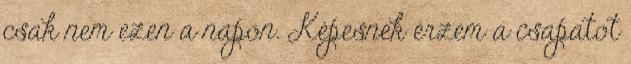
csak nem ezen a napon. Képesnek érzem a csapatot